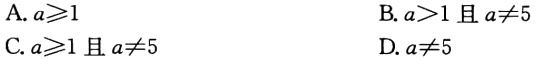
A. \(a\geqslant1\)

B. \(a > 1\)且\(a\neq5\)

C. \(a\geqslant1\)且\(a\neq5\)

D. \(a\neq5\)